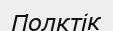
Полктік